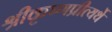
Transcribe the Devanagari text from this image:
श्रीकृष्णप्रीत्यर्थे